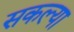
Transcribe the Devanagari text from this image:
सकल्या